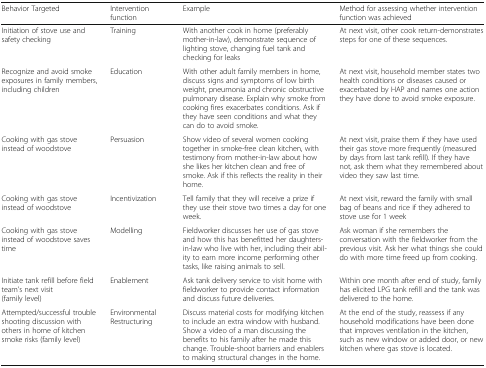
<table><thead><tr><td><b>Behavior Targeted</b></td><td><b>Intervention function</b></td><td><b>Example</b></td><td><b>Method for assessing whether intervention function was achieved</b></td></tr></thead><tbody><tr><td>Initiation of stove use and safety checking</td><td>Training</td><td>With another cook in home (preferably mother-in-law), demonstrate sequence of lighting stove, changing fuel tank and checking for leaks</td><td>At next visit, other cook return-demonstrates steps for one of these sequences.</td></tr><tr><td>Recognize and avoid smoke exposures in family members, including children</td><td>Education</td><td>With other adult family members in home, discuss signs and symptoms of low birth weight, pneumonia and chronic obstructive pulmonary disease. Explain why smoke from cooking fires exacerbates conditions. Ask if they have seen conditions and what they can do to avoid smoke.</td><td>At next visit, household member states two health conditions or diseases caused or exacerbated by HAP and names one action they have done to avoid smoke exposure.</td></tr><tr><td>Cooking with gas stove instead of woodstove</td><td>Persuasion</td><td>Show video of several women cooking together in smoke-free clean kitchen, with testimony from mother-in-law about how she likes her kitchen clean and free of smoke. Ask if this reflects the reality in their home.</td><td>At next visit, praise them if they have used their gas stove more frequently (measured by days from last tank refill). If they have not, ask them what they remembered about video they saw last time.</td></tr><tr><td>Cooking with gas stove instead of woodstove</td><td>Incentivization</td><td>Tell family that they will receive a prize if they use their stove two times a day for one week.</td><td>At next visit, reward the family with small bag of beans and rice if they adhered to stove use for 1 week</td></tr><tr><td>Cooking with gas stove instead of woodstove saves time</td><td>Modelling</td><td>Fieldworker discusses her use of gas stove and how this has benefitted her daughters-in-law who live with her, including their ability to earn more income performing other tasks, like raising animals to sell.</td><td>Ask woman if she remembers the conversation with the fieldworker from the previous visit. Ask her what things she could do with more time freed up from cooking.</td></tr><tr><td>Initiate tank refill before field team’s next visit(family level)</td><td>Enablement</td><td>Ask tank delivery service to visit home with fieldworker to provide contact information and discuss future deliveries.</td><td>Within one month after end of study, family has elicited LPG tank refill and the tank was delivered to the home.</td></tr><tr><td>Attempted/successful trouble shooting discussion with others in home of kitchen smoke risks (family level)</td><td>Environmental Restructuring</td><td>Discuss material costs for modifying kitchen to include an extra window with husband. Show a video of a man discussing the benefits to his family after he made this change. Trouble-shoot barriers and enablers to making structural changes in the home.</td><td>At the end of the study, reassess if any household modifications have been done that improves ventilation in the kitchen, such as new window or added door, or new kitchen where gas stove is located.</td></tr></tbody></table>